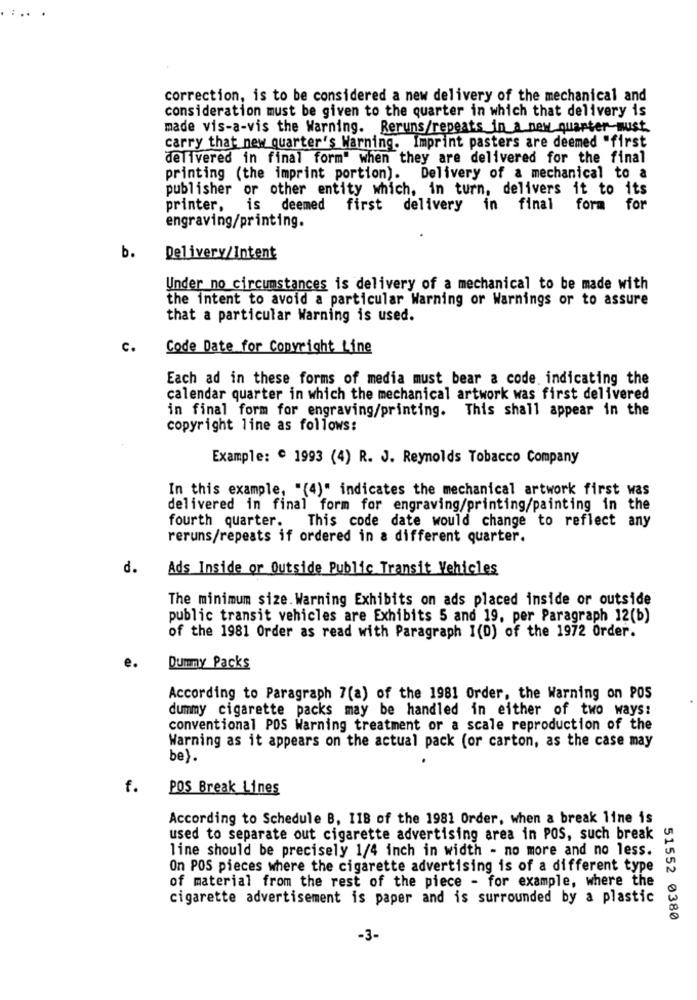
:.. .
correction, is to be considered a new delivery of the mechanical and
consideration must be given to the quarter in which that delivery is
made vis-a-vis the Warning. Reruns/repeats in a new quarter-must
carry that new quarter's Warning. Imprint pasters are deemed "first
delivered in final form" when they are delivered for the final
printing (the imprint portion). Delivery of a mechanical to a
publisher or other entity which, in turn, delivers it to its
printer,
is deemed
first
delivery in final
fora
for
engraving/printing.
b.
Delivery/Intent
Under no circumstances is delivery of a mechanical to be made with
the intent to avoid a particular Warning or Warnings or to assure
that a particular Warning is used.
C.
Code Date for Copyright Line
Each ad in these forms of media must bear a code. indicating the
calendar quarter in which the mechanical artwork was first delivered
in final form for engraving/printing. This shall appear in the
copyright line as follows:
Example: " 1993 (4) R. J. Reynolds Tobacco Company
In this example, "(4)" indicates the mechanical artwork first was
delivered in final form for engraving/printing/painting in the
fourth quarter.
This code date would change to reflect any
reruns/repeats if ordered in a different quarter.
d.
Ads Inside or Outside Public Transit Vehicles
The minimum size. Warning Exhibits on ads placed inside or outside
public transit vehicles are Exhibits 5 and 19, per Paragraph 12(b)
of the 1981 Order as read with Paragraph I(D) of the 1972 Order.
e.
Dummy Packs
According to Paragraph 7(a) of the 1981 Order, the Warning on POS
dummy cigarette packs may be handled in either of two ways:
conventional POS Warning treatment or a scale reproduction of the
Warning as it appears on the actual pack (or carton, as the case may
be).
f.
POS Break Lines
According to Schedule B, I18 of the 1981 Order, when a break line is
used to separate out cigarette advertising area in POS, such break
line should be precisely 1/4 inch in width - no more and no less.
On POS pieces where the cigarette advertising is of a different type
of material from the rest of the piece - for example, where the
cigarette advertisement is paper and is surrounded by a plastic
51552 0380
-3-